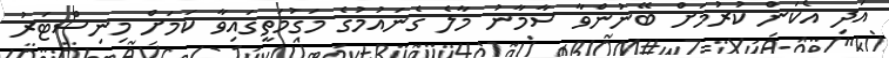
އަދި އެކަން ކުރުމަށް ބޭނުންވާ ސާމާނު މާލެ ގެނައުމުގެ މަގުމަތީގައިވާ ކަމަށް މިނިސްޓަރު